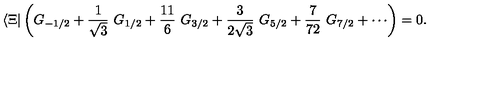
\langle \Xi | \left( G _ { - 1 / 2 } + \frac { 1 } { \sqrt { 3 } } \ G _ { 1 / 2 } + \frac { 1 1 } { 6 } \ G _ { 3 / 2 } + \frac { 3 } { 2 \sqrt { 3 } } \ G _ { 5 / 2 } + \frac { 7 } { 7 2 } \ G _ { 7 / 2 } + \cdots \right) = 0 .